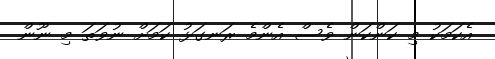
އެކަމަކު މި ކަންކަން ވެސް އެންމެ ރަނގަޅު ކަމަށް ނުވަތަ މި ނޫން